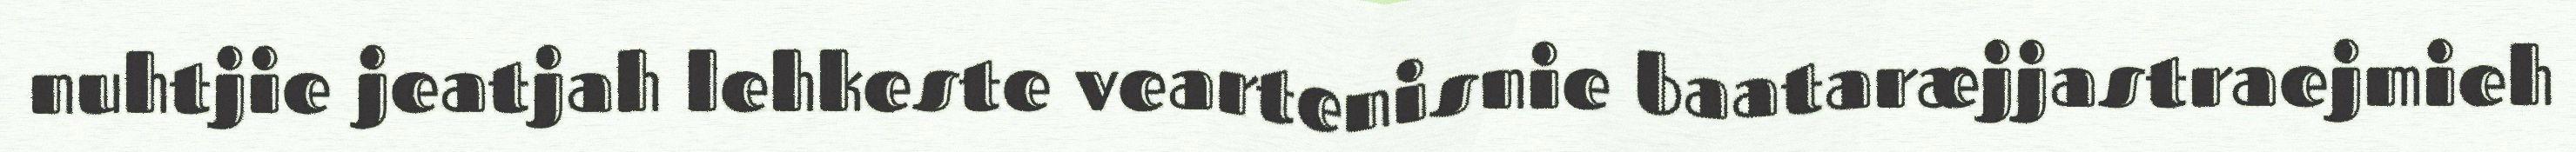
nuhtjie jeatjah lehkeste veartenisnie baataræjjastraejmieh